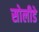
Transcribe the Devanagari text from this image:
सोलीडे